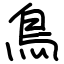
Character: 鳥